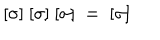
[ \sigma ] ~ [ \sigma ] ~ [ \sigma ] ~ = ~ [ \sigma ]